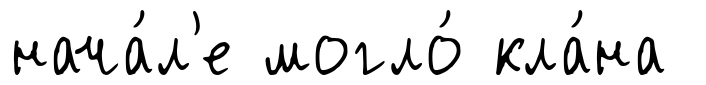
нача́л'е могло́ кла́на